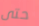
حتى